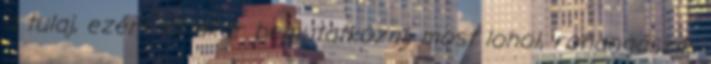
a tulaj, ezért jól akar bemutatkozni, most lohol, rohangászik,